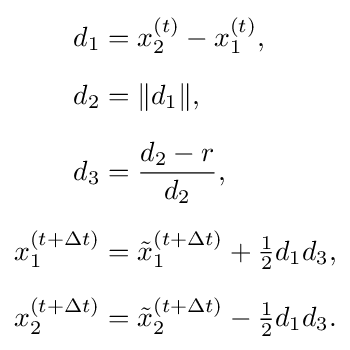
{\begin{aligned}d_{1}&=x_{2}^{(t)}-x_{1}^{(t)},\\[6px]d_{2}&=\|d_{1}\|,\\[6px]d_{3}&={\frac {d_{2}-r}{d_{2}}},\\[6px]x_{1}^{(t+\Delta t)}&={\tilde {x}}_{1}^{(t+\Delta t)}+{\tfrac {1}{2}}d_{1}d_{3},\\[6px]x_{2}^{(t+\Delta t)}&={\tilde {x}}_{2}^{(t+\Delta t)}-{\tfrac {1}{2}}d_{1}d_{3}.\end{aligned}}